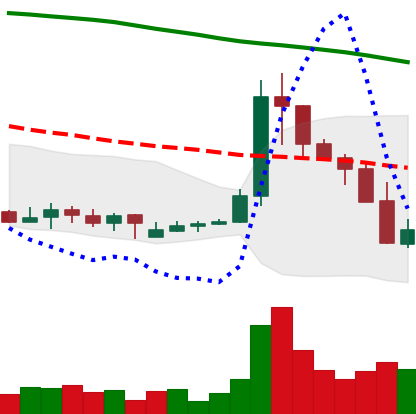
Ticker: XLM-USD
Chart end date: 2019-09-25
Forward return: 7.754%
Label: up_7plus